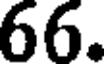
66.